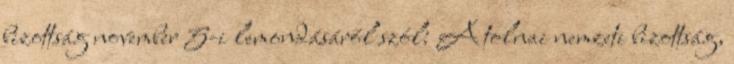
bizottság november 5-i lemondásáról szól: A tolnai nemzeti bizottság,